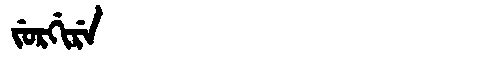
Manchu: ᠵᡠᡵᡤᡳᡵᡝ
Romanization: JURGIRE